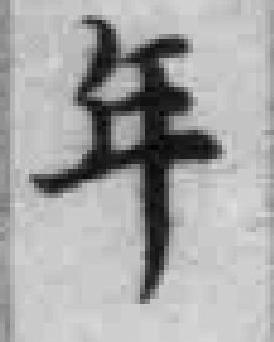
年